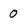
Character: 0